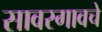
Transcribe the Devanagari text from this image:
सावरगावचे